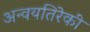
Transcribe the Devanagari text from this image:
अन्वयतिरेकी